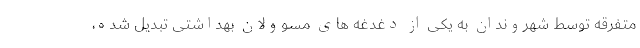
متفرقه توسط شهروندان به یکی از دغدغه های مسوولان بهداشتی تبدیل شده،